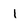
Character: 1